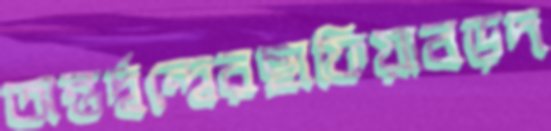
অন্তর্দ্বন্দ্বেরছাফিয়াবড়দ